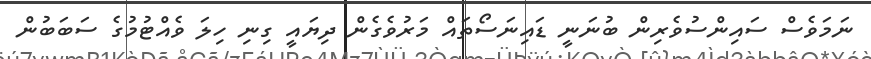
ނަމަވެސް ސައިންސުވެރިން ބުނަަނީ ޑައިނަސޯތައް މަރުވެގެން ދިޔައީ ގިނި ހިލަ ވެއްޓުމުގެ ސަބަބުން